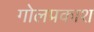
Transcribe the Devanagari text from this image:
गोलप्रकाश